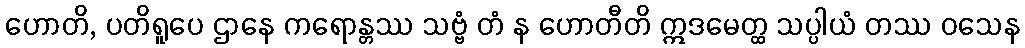
ဟောတိ, ပတိရူပေ ဌာနေ ကရောန္တဿ သဗ္ဗံ တံ န ဟောတီတိ ဣဒမေတ္ထ သပ္ပါယံ တဿ ဝသေန